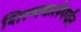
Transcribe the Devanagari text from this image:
शिल्पकलेपर्यंत